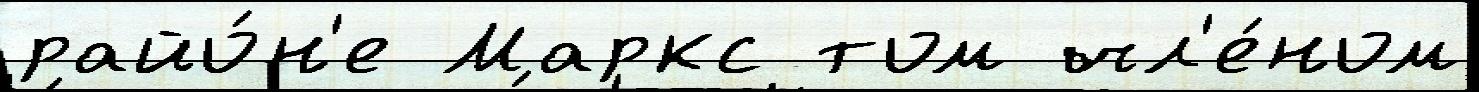
райо́н'е Маркс том чл'е́ном